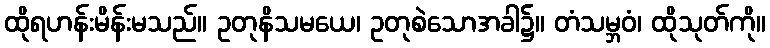
ထိုရဟန်းမိန်းမသည်။ ဥတုနိသမယေ၊ ဥတုစဲသောအခါ၌။ တံသမ္ဘဝံ၊ ထိုသုတ်ကို။